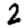
Digit: 2